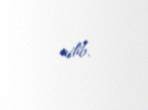
edib.